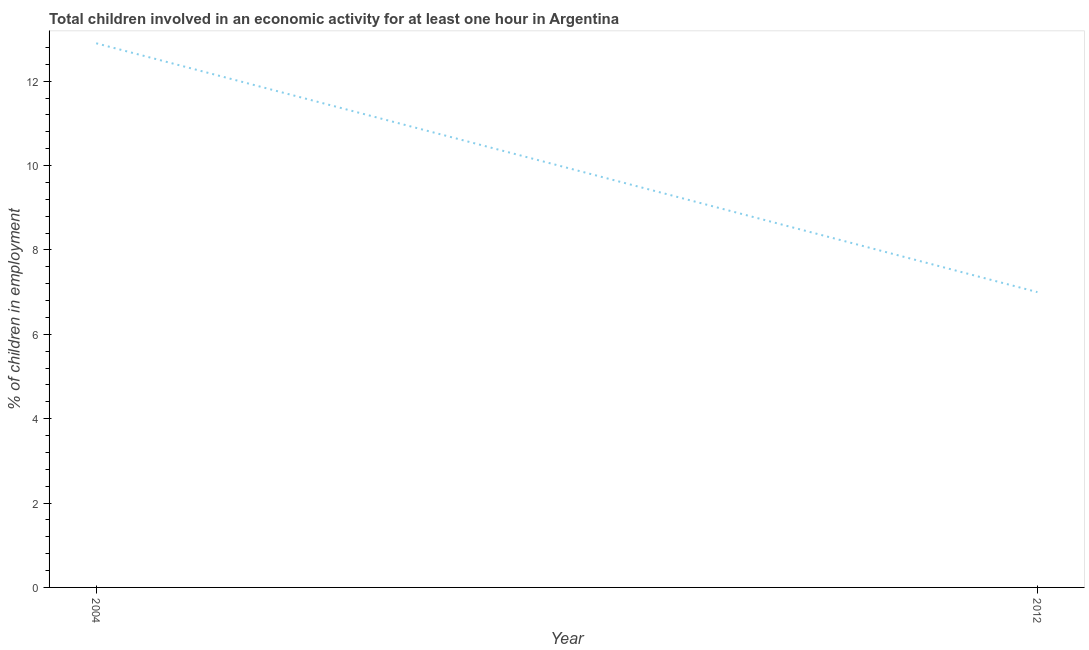
| Year | Children in employment |
 | --- | --- |
 | 2004 | 12.9 |
 | 2012 | 7 |